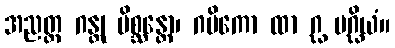
အညတ္ထ ဂန္တု မိစ္ဆန္တော၊ ဂမိကော ထာ ဂ္ဃ မဂ္ဃိယံ။